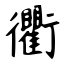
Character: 衢